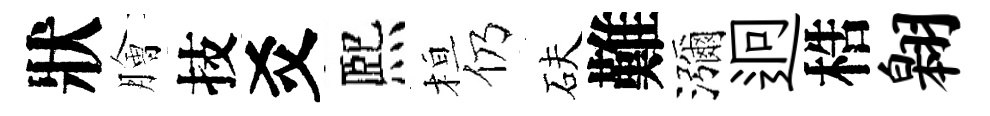
狀膾技爻熈桓仍砆難瀰迥梏翱